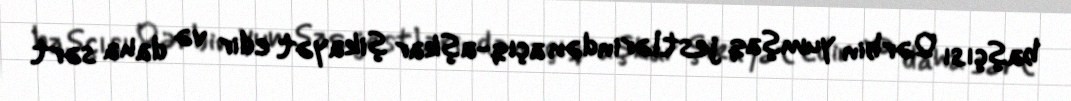
başçısı Qərbin yumşaq jestlərindən açıq-aşkar şikayət edir və daha sərt